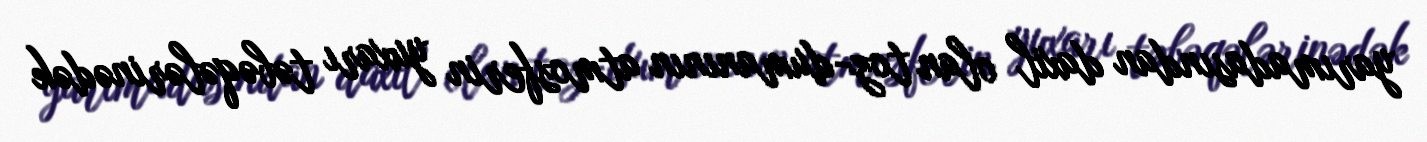
yarımadasından daxil olan toz-dumanının atmosferin yuxarı təbəqələrinədək